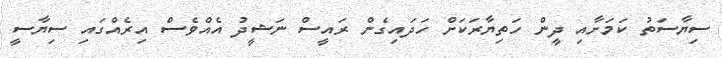
ސިޔާސަތު ކަމަށާއި ދީން ހަތިޔާރަކަށް ހަދައިގެން ރައީސް ނަޝީދު އެއްވެސް އިރެއްގައި ސިޔާސީ